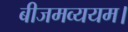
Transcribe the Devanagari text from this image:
बीजमव्ययम।